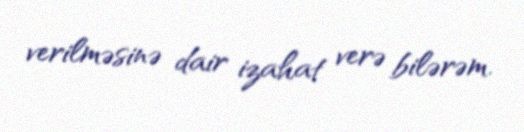
verilməsinə dair izahat verə bilərəm.